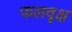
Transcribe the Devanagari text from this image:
फलवृक्ष